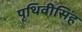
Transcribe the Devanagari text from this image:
पृथिवीसिंह